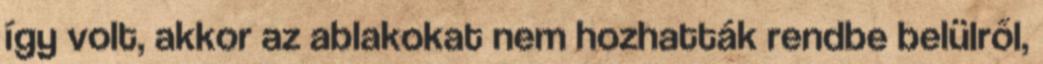
így volt, akkor az ablakokat nem hozhatták rendbe belülről,